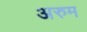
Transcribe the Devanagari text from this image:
अरुम